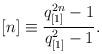
\begin{align*}[n] \equiv \frac{q^{2n}_{[1]} - 1}{q^2_{[1]} -1}.\end{align*}